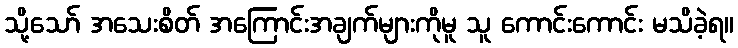
သို့သော် အသေးစိတ် အကြောင်းအချက်များကိုမူ သူ ကောင်းကောင်း မသိခဲ့ရ။